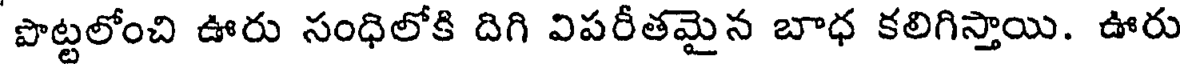
పొట్టలోంచి ఊరు సంధిలోకి దిగి విపరీతమైన బాధ కలిగిస్తాయి. ఊరు